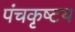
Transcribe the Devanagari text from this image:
पंचकृष्टय